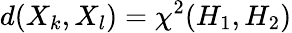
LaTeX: d(X_{k},X_{l})=\chi^{2}(H_{1},H_{2})